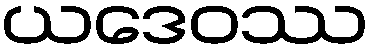
ယဒေဝဿ